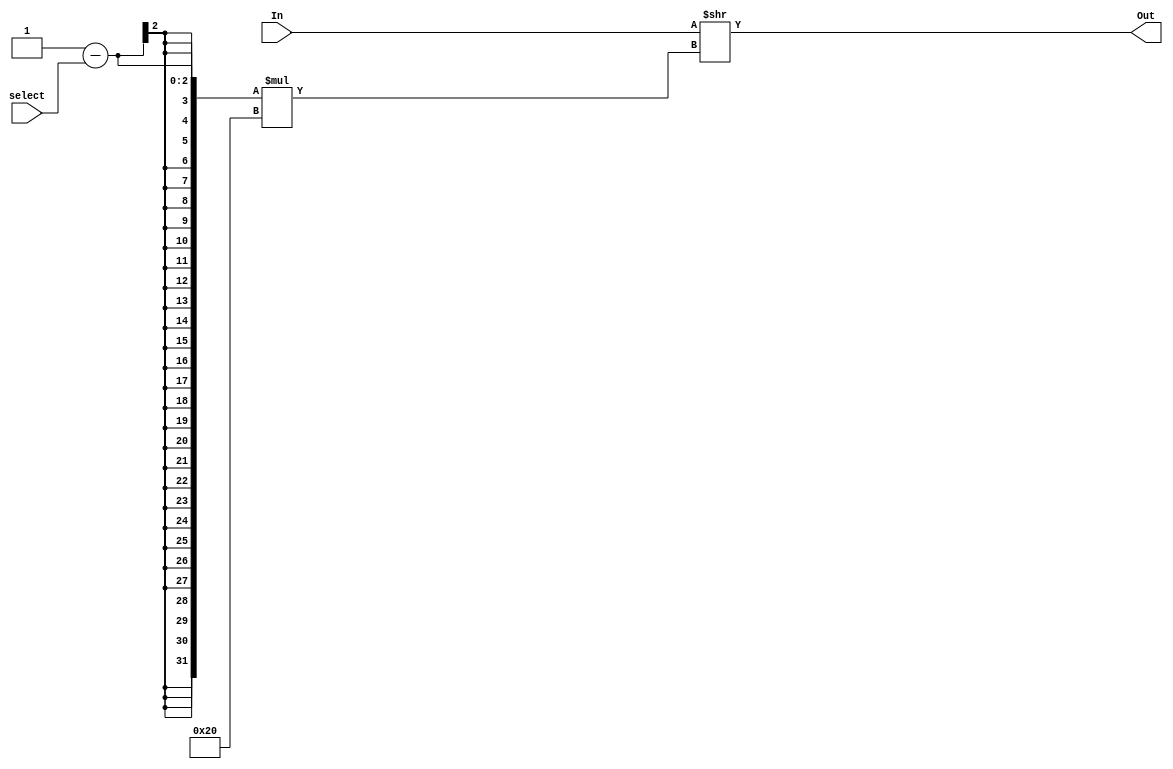
`timescale 1ns / 1ps
//////////////////////////////////////////////////////////////////////////////////
// Company: 
// Engineer: 
// 
// Design Name: 
// Module Name: mux
// Project Name: 
// Target Devices: 
// Tool Versions: 
// Description: 
// 
// Dependencies: 
// 
// Revision:
// Revision 0.01 - File Created
// Additional Comments:
// 
//////////////////////////////////////////////////////////////////////////////////


module mux
#(
parameter WIDTH = 32, 
parameter NUM_INPUTS  = 2
)
(
In,select,Out
);
localparam IN_LENGTH = NUM_INPUTS * WIDTH;
localparam SELECT_LENGTH = NUM_INPUTS;
input [IN_LENGTH-1 : 0 ] In;
input [SELECT_LENGTH - 1 : 0 ] select;
output [WIDTH -1 : 0 ] Out;

assign Out = In >> ( NUM_INPUTS-1-select) * WIDTH;
endmodule